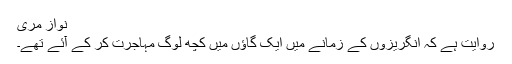
نواز مری
روایت ہے کہ انگریزوں کے زمانے میں ایک گاؤں میں کچھ لوگ مہاجرت کر کے آئے تھے۔